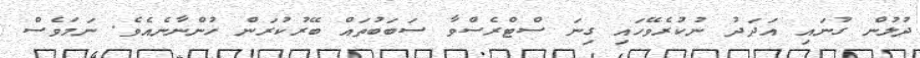
ދުލުން ގުނައި އަދަދު ނުކުރެވޭހައި ގިނަ ސްޓްރެސްވާ ސަބަބުތައް ބޭރުކުރަން ހުންނާނެއެވެ. ނަމަވެސް